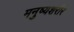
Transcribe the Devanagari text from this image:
मनुष्यशरीर